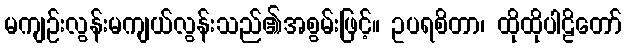
မကျဉ်းလွန်းမကျယ်လွန်းသည်၏အစွမ်းဖြင့်။ ဥပရစိတာ၊ ထိုထိုပါဠိတော်